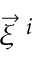
\vec { \xi } ^ { \ i }